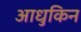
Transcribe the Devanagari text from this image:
आधुकिन